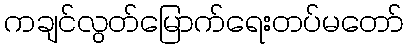
ကချင်လွတ်မြောက်ရေးတပ်မတော်